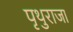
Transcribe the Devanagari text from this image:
पृथुराजा